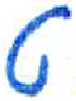
אות: ט